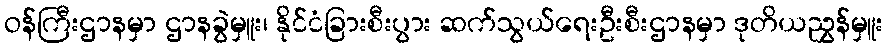
ဝန်ကြီးဌာနမှာ ဌာနခွဲမှူး၊ နိုင်ငံခြားစီးပွား ဆက်သွယ်ရေးဦးစီးဌာနမှာ ဒုတိယညွှန်မှူး